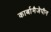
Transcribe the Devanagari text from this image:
कार्बामैजेपीन